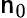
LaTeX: \mathsf{n}_{0}